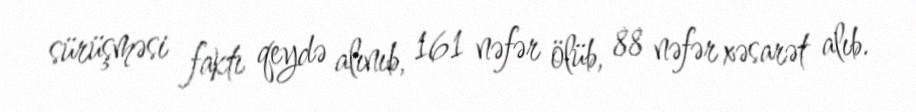
sürüşməsi faktı qeydə alınıb, 161 nəfər ölüb, 88 nəfər xəsarət alıb.